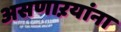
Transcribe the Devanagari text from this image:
असणाऱयांना